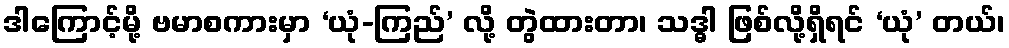
ဒါကြောင့်မို့ ဗမာစကားမှာ ‘ယုံ-ကြည်’ လို့ တွဲထားတာ၊ သဒ္ဓါ ဖြစ်လို့ရှိရင် ‘ယုံ’ တယ်၊